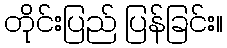
တိုင်းပြည် ပြန်ခြင်း။